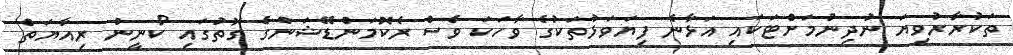
ތަކުރާރުވިޔަ ނުދިނުމަށްޓަކައި އަޅާނެ ފިޔަވަޅުތަކުގެ ވާހަކަ ވެސް ރެކޮމަންޑޭޝަންގެ ގޮތުގައި ކޯނީން ރިއާޔަތް